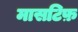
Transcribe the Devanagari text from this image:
मासटिफ़